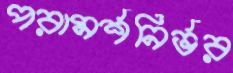
পরামর্শনির্ভর